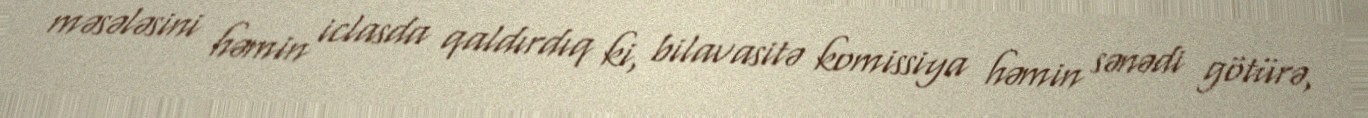
məsələsini həmin iclasda qaldırdıq ki, bilavasitə komissiya həmin sənədi götürə,